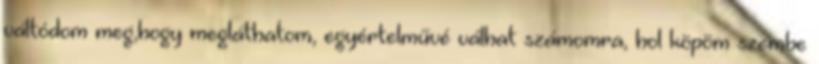
váltódom meg,hogy megláthatom, egyértelművé válhat számomra, hol köpöm szembe